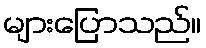
များပြောသည်။